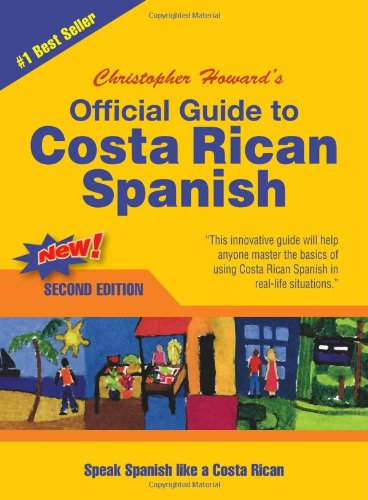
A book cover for Official Guide to Costa Rican Spanish; Christopher Howard; Travel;